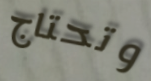
وتحتاج